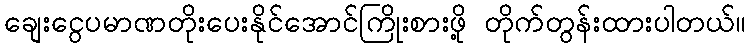
ချေးငွေပမာဏတိုးပေးနိုင်အောင်ကြိုးစားဖို့ တိုက်တွန်းထားပါတယ်။